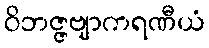
ဝိဘဇ္ဇဗျာကရဏီယံ